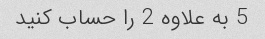
5 به علاوه 2 را حساب کنید